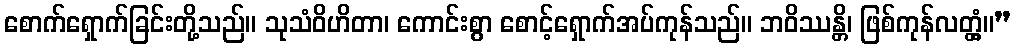
စောက်ရှောက်ခြင်းတို့သည်။ သုသံဝိဟိတာ၊ ကောင်းစွာ စောင့်ရှောက်အပ်ကုန်သည်။ ဘဝိဿန္တိ၊ ဖြစ်ကုန်လတ္တံ့။”